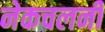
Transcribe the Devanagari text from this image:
नेकचलनी